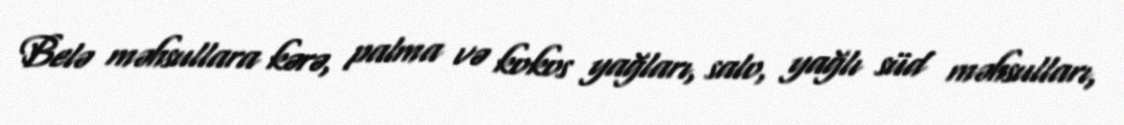
Belə məhsullara kərə, palma və kokos yağları, salo, yağlı süd məhsulları,